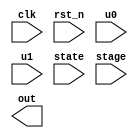
module partial_sum_generator(
    input clk,
    input rst_n,
    input u0,
    input u1,
    input [3:0] state,
    input [3:0] stage,
    output [255:0] out
);

// integer
integer k;

// registers
reg [255:0] stage_8_u_r, stage_8_u_w;
reg [127:0] stage_7_u_r, stage_7_u_w;
reg [63:0] stage_6_u_r, stage_6_u_w;
reg [31:0] stage_5_u_r, stage_5_u_w;
reg [15:0] stage_4_u_r, stage_4_u_w;
reg [7:0] stage_3_u_r, stage_3_u_w;
reg [3:0] stage_2_u_r, stage_2_u_w;
reg [1:0] stage_1_u_r, stage_1_u_w;


// combinational
always @(*) begin
    stage_8_u_w = stage_8_u_r;
    stage_7_u_w = stage_7_u_r;
    stage_6_u_w = stage_6_u_r;
    stage_5_u_w = stage_5_u_r;
    stage_4_u_w = stage_4_u_r;
    stage_3_u_w = stage_3_u_r;
    stage_2_u_w = stage_2_u_r;
    stage_1_u_w = stage_1_u_r;
    if (state == 4) begin   // state decode
        if (stage == 0) begin
            
        end
        else begin
            stage_8_u_w = stage_8_u_r;
            stage_7_u_w = stage_7_u_r;
            stage_6_u_w = stage_6_u_r;
            stage_5_u_w = stage_5_u_r;
            stage_4_u_w = stage_4_u_r;
            stage_3_u_w = stage_3_u_r;
            stage_2_u_w = stage_2_u_r;
            stage_1_u_w = stage_1_u_r;
        end
    end
end



// squential
always @(posedge clk or negedge rst_n) begin
    if (!rst_n) begin
        stage_8_u_r <= 0;
        stage_7_u_r <= 0;
        stage_6_u_r <= 0;
        stage_5_u_r <= 0;
        stage_4_u_r <= 0;
        stage_3_u_r <= 0;
        stage_2_u_r <= 0;
        stage_1_u_r <= 0;
    end
    else begin
        stage_8_u_r <= stage_8_u_w;
        stage_7_u_r <= stage_7_u_w;
        stage_6_u_r <= stage_6_u_w;
        stage_5_u_r <= stage_5_u_w;
        stage_4_u_r <= stage_4_u_w;
        stage_3_u_r <= stage_3_u_w;
        stage_2_u_r <= stage_2_u_w;
        stage_1_u_r <= stage_1_u_w;
    end
end


endmodule